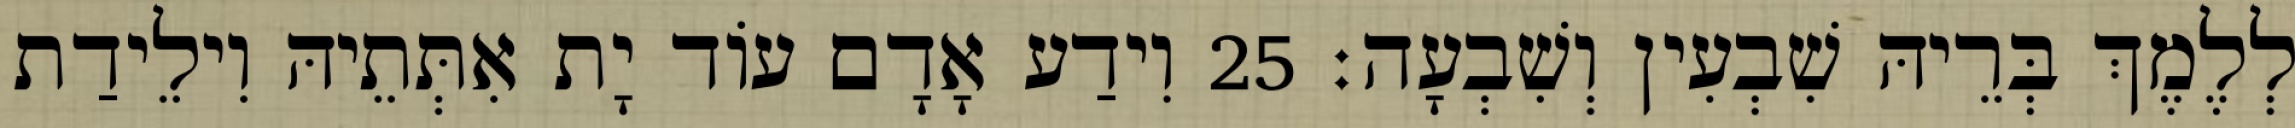
לְלֶמֶךְ בְּרֵיהּ שִׁבְעִין וְשִׁבְעָה׃ 25 וִידַע אָדָם עוֹד יָת אִתְּתֵיהּ וִילֵידַת